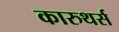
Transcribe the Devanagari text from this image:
कारुथर्स